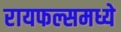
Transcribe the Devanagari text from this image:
रायफल्समध्ये